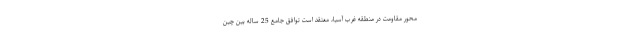
محور مقاومت در منطقه غرب آسیا، معتقد است توافق جامع 25 ساله بین چین